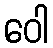
ဝေါ